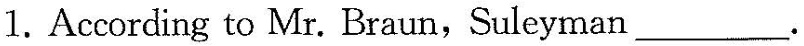
1.According to Mr. Braun, Suleyman___